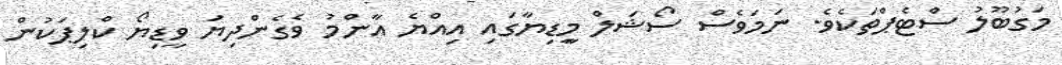
މަގުބޫލު ސްޓެޕްތަކެވެ. ނަމަވެސް ސޯޝަލް މީިޑިޔާގައި އިއްޔެ އާންމު ވެގެންދިޔަ ވީޑިޔޯ ކްލިޕަކުން